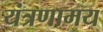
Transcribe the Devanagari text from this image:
यंत्रणामय